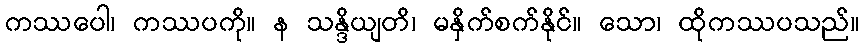
ကဿပေါ၊ ကဿပကို။ န သန္ဒိယျတိ၊ မနှိက်စက်နိုင်။ သော၊ ထိုကဿပသည်။